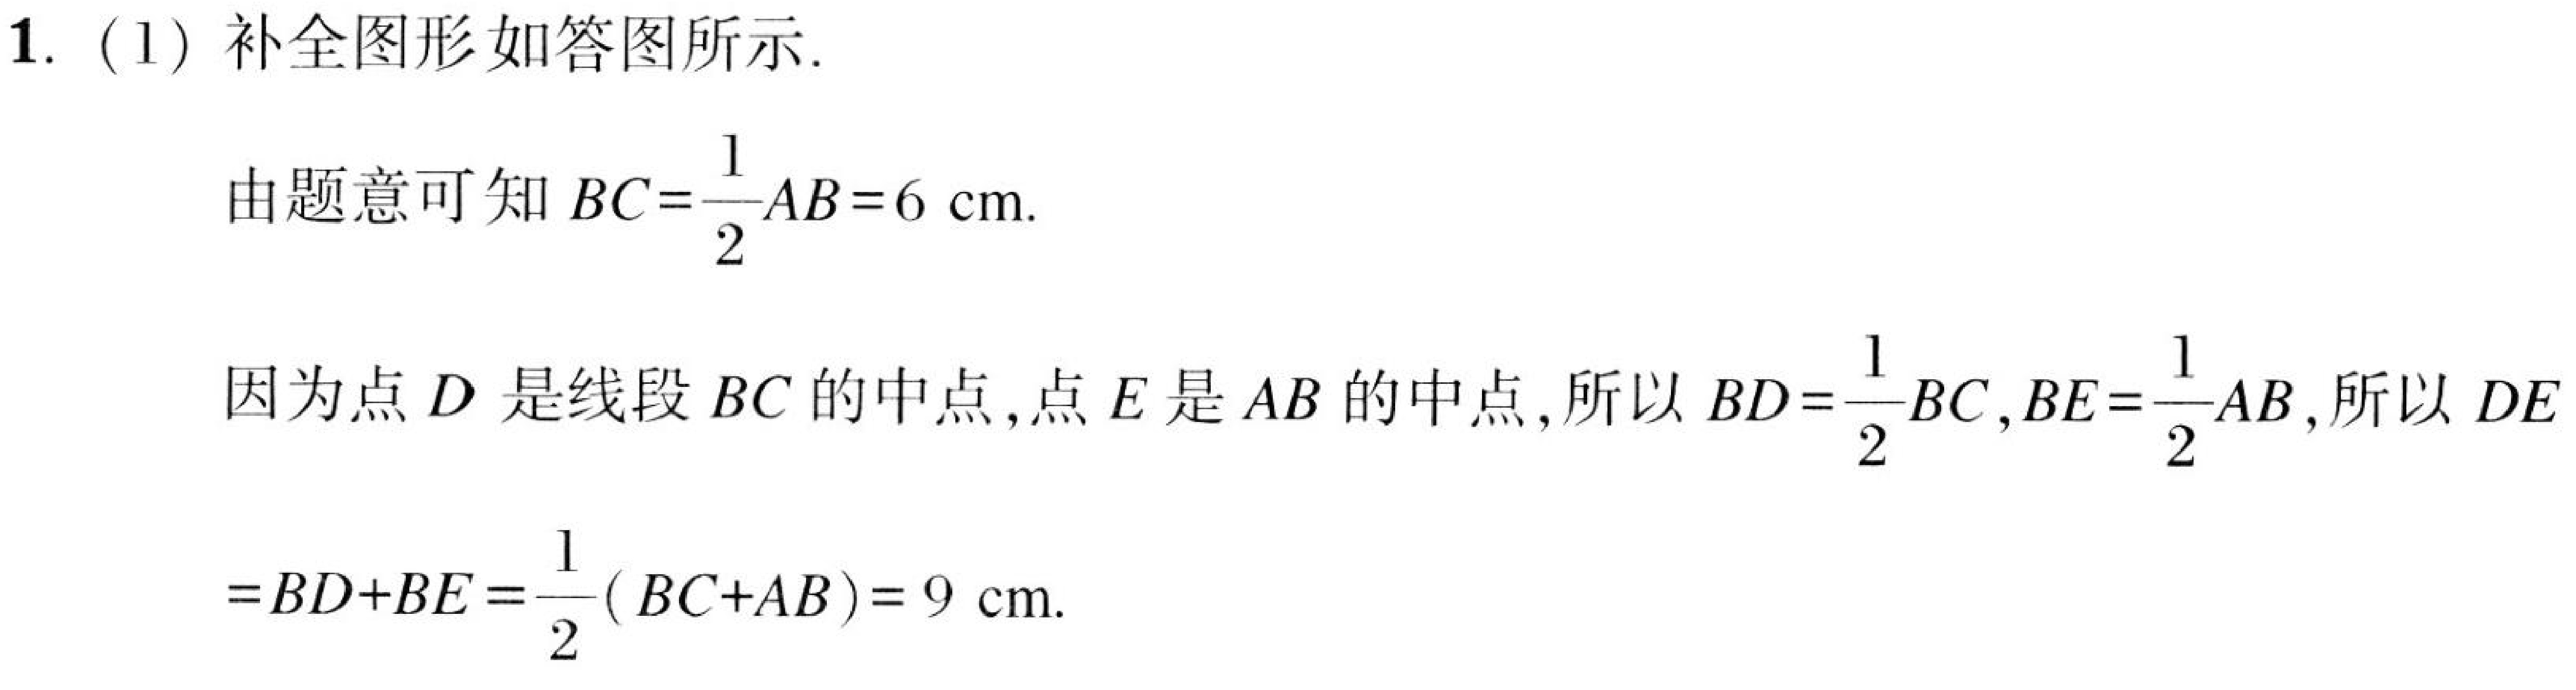
1. (1) 补全图形如答图所示.

由题意可知 \(BC = \frac{1}{2}AB = 6\mathrm{cm}\).

因为点 \(D\) 是线段 \(BC\) 的中点,点 \(E\) 是 \(AB\) 的中点,所以 \(BD=\frac{1}{2}BC\),\(BE = \frac{1}{2}AB\),所以 \(DE\)

\(=BD + BE=\frac{1}{2}(BC + AB)=9\mathrm{cm}\).